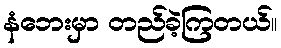
နံဘေးမှာ တည်ခဲ့ကြတယ်။